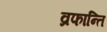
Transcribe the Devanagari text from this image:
व्रफान्ति